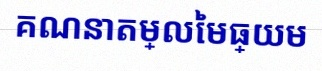
គណនាតម្លៃមធ្យម